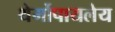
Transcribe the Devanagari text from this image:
थेर्मोपायलेय